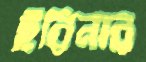
ইরিনার